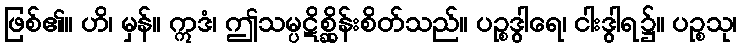
ဖြစ်၏။ ဟိ၊ မှန်။ ဣဒံ၊ ဤသမ္ပဋိစ္ဆိုန်းစိတ်သည်။ ပဉ္စဒွါရေ၊ ငါးဒွါရ၌။ ပဉ္စသု၊